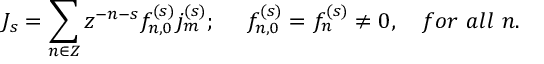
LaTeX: J _ { s } = \sum _ { n \in Z } z ^ { - n - s } f _ { n , 0 } ^ { ( s ) } j _ { m } ^ { ( s ) } ; \ \ \ \ f _ { n , 0 } ^ { ( s ) } = f _ { n } ^ { ( s ) } \neq 0 , \ \ \ f o r \ a l l \ n .